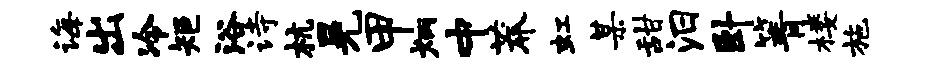
诲出冷矩浴诗杭晃甲炳中莽虹某甜汨卧箐楼施